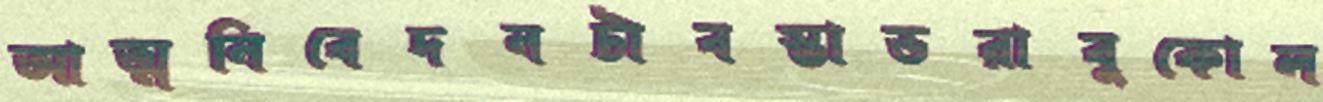
আত্মনিবেদনটাবস্তাভরাবুকোল